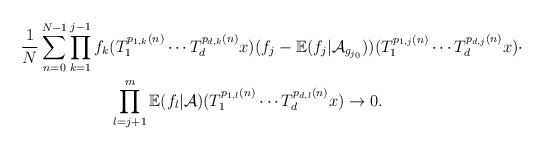
\begin{align*}\frac{1}{N}\sum_{n=0}^{N-1}&\prod_{k=1}^{j-1}f_k(T_{1}^{p_{1,k}(n)}\cdots T_{d}^{p_{d,k}(n)}x)(f_j-\mathbb{E}(f_j|\mathcal{A}_{g_{j_0}}))(T_{1}^{p_{1,j}(n)}\cdots T_{d}^{p_{d,j}(n)}x)\cdot\\&\ \ \ \ \ \ \ \ \prod_{l=j+1}^{m}\mathbb{E}(f_{l}|\mathcal{A})(T_{1}^{p_{1,l}(n)}\cdots T_{d}^{p_{d,l}(n)}x)\rightarrow 0.\end{align*}